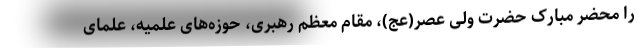
را محضر مبارک حضرت ولی عصر(عج)، مقام معظم رهبری، حوزه‌های علمیه، علمای